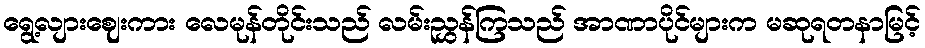
ရွေ့လျားဈေးကား လေမုန်တိုင်းသည် လမ်းညွှန်ကြသည် အာဏာပိုင်များက မဆုရတနာမြင့်